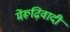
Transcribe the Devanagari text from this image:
मेंरूढ़िवादी